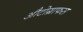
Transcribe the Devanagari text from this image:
औटोग्राफस